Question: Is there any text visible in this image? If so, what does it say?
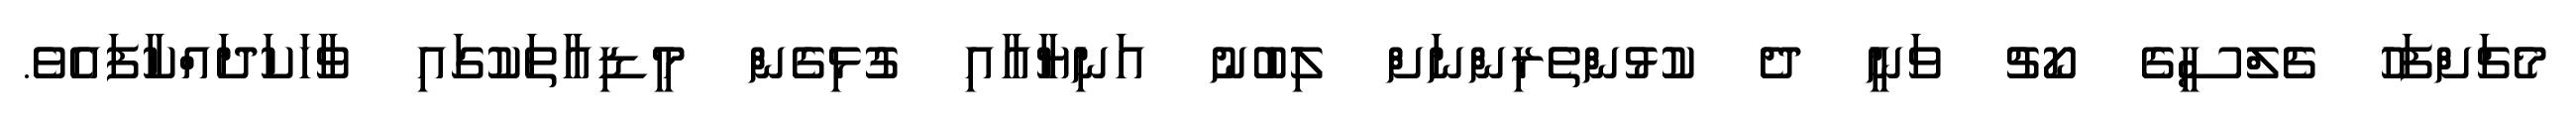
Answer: މެޗަށްފަހު ޗެލްސީގެ ކޯޗު ވަނީ ދެ ކުޅުންތެރިންނަށް ލިބުނު އަނިޔާއާއި ގުޅިގެން މީޑިއާތަކުގައި ވާހަކަދައްކާފައެވެ.